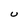
Character: U